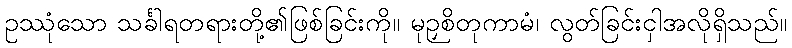
ဥဿုံသော သင်္ခါရတရားတို့၏ဖြစ်ခြင်းကို။ မုဉှစိတုကာမံ၊ လွတ်ခြင်းငှါအလိုရှိသည်။